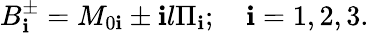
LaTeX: B_{\mathbf{i}}^{\pm}=M_{0\mathbf{i}}\pm\mathbf{i}l\Pi_{\mathbf{i}};\quad\mathbf{i}=1,2,3.